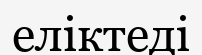
еліктеді